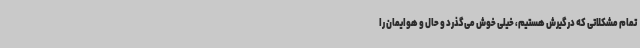
تمام مشکلاتی که درگیرش هستیم، خیلی خوش می‌گذرد و حال و هوایمان را